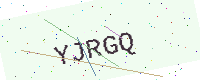
Text: YJRGQ